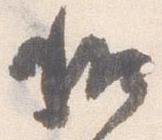
和